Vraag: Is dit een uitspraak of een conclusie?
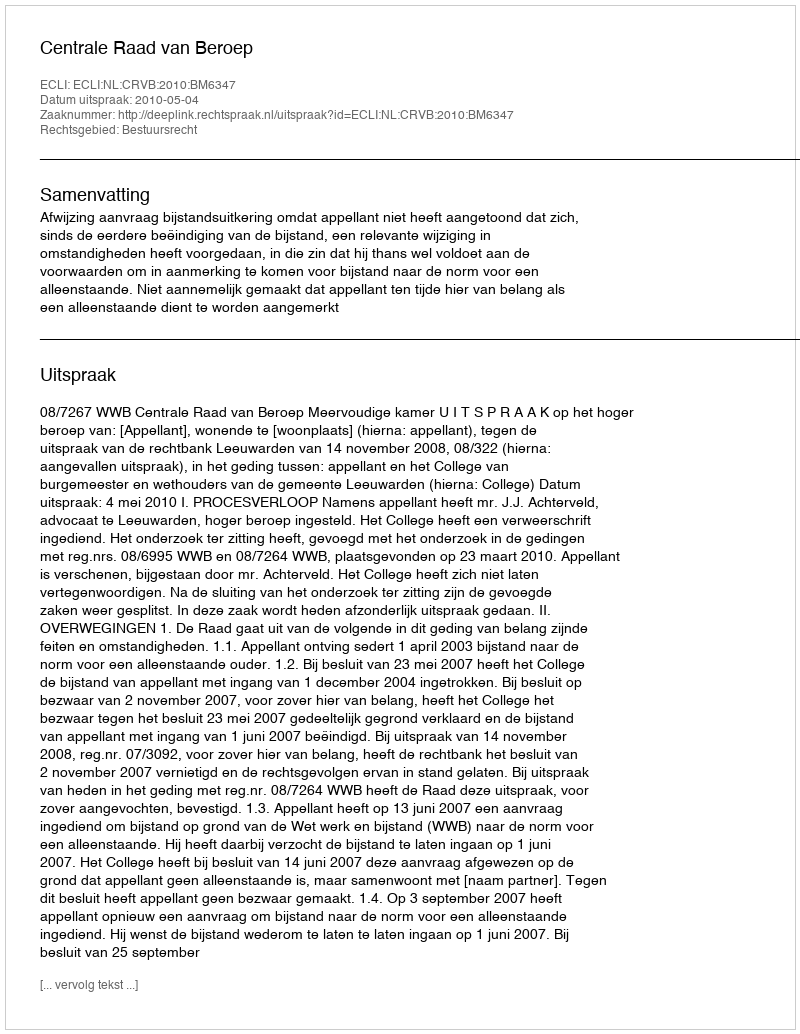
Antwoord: Uitspraak